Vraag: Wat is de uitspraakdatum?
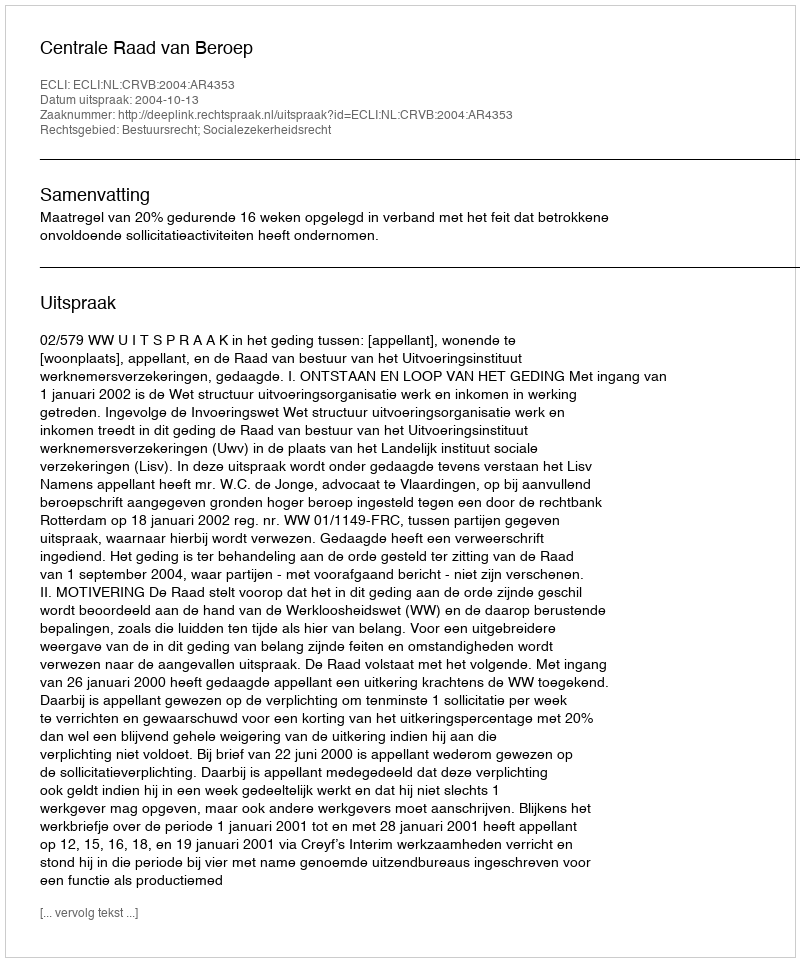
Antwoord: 2004-10-13